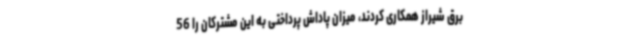
برق شیراز همکاری کردند، میزان پاداش پرداختی به این مشترکان را 56